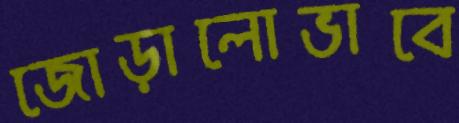
জোড়ালোভাবে